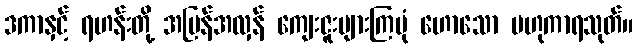
ဒကာနှင့် ရဟန်းတို့ အပြန်အလှန် ကျေးဇူးများကြပုံ ဟောသော ဗဟုကာရသုတ်။